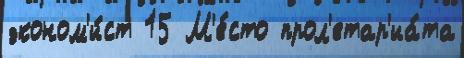
эконом'и́ст 15 М'е́сто прол'етар'иа́та